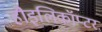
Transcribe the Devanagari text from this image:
हौइलिकॉप्टर